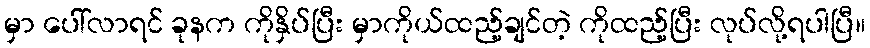
မှာ ပေါ်လာရင် ခုနက ကိုနှိပ်ပြီး မှာကိုယ်ထည့်ချင်တဲ့ ကိုထည့်ပြီး လုပ်လို့ရပါပြီ။